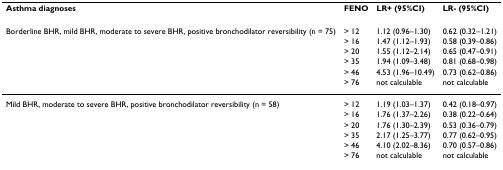
<table><thead><tr><td><b>Asthma diagnoses</b></td><td><b>FENO</b></td><td><b>LR+ (95%CI)</b></td><td><b>LR- (95%CI)</b></td></tr></thead><tbody><tr><td>Borderline BHR, mild BHR, moderate to severe BHR, positive bronchodilator reversibility (n = 75)</td><td>&gt; 12</td><td>1.12 (0.96–1.30)</td><td>0.62 (0.32–1.21)</td></tr><tr><td></td><td>&gt; 16</td><td>1.47 (1.12–1.93)</td><td>0.58 (0.39–0.86)</td></tr><tr><td></td><td>&gt; 20</td><td>1.55 (1.12–2.14)</td><td>0.65 (0.47–0.91)</td></tr><tr><td></td><td>&gt; 35</td><td>1.94 (1.09–3.48)</td><td>0.81 (0.68–0.98)</td></tr><tr><td></td><td>&gt; 46</td><td>4.53 (1.96–10.49)</td><td>0.73 (0.62–0.86)</td></tr><tr><td></td><td>&gt; 76</td><td>not calculable</td><td>not calculable</td></tr><tr><td>Mild BHR, moderate to severe BHR, positive bronchodilator reversibility (n = 58)</td><td>&gt; 12</td><td>1.19 (1.03–1.37)</td><td>0.42 (0.18–0.97)</td></tr><tr><td></td><td>&gt; 16</td><td>1.76 (1.37–2.26)</td><td>0.38 (0.22–0.64)</td></tr><tr><td></td><td>&gt; 20</td><td>1.76 (1.30–2.39)</td><td>0.53 (0.36–0.79)</td></tr><tr><td></td><td>&gt; 35</td><td>2.17 (1.25–3.77)</td><td>0.77 (0.62–0.95)</td></tr><tr><td></td><td>&gt; 46</td><td>4.10 (2.02–8.36)</td><td>0.70 (0.57–0.86)</td></tr><tr><td></td><td>&gt; 76</td><td>not calculable</td><td>not calculable</td></tr></tbody></table>